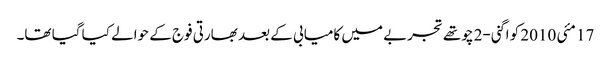
17 مئی 2010 کو اگنی-2 چوتھے تجربے میں کامیابی کے بعد بھارتی فوج کے حوالے کیا گیا تھا۔